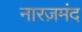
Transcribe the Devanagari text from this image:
नारज़मंद